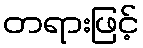
တရားဖြင့်